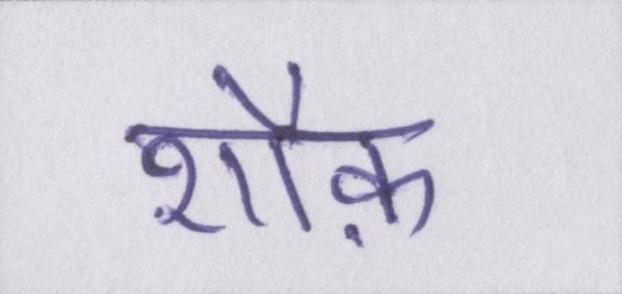
शौक़